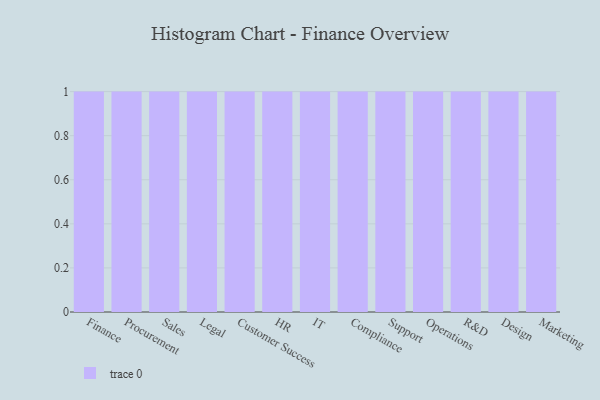
{"axis": {"x": "Department", "y": "Tickets Resolved"}, "legend": [""], "data": [{"x": "Finance", "y": 67, "type": ""}, {"x": "Procurement", "y": 94, "type": ""}, {"x": "Sales", "y": 60, "type": ""}, {"x": "Legal", "y": 90, "type": ""}, {"x": "Customer Success", "y": 40, "type": ""}, {"x": "HR", "y": 49, "type": ""}, {"x": "IT", "y": 10, "type": ""}, {"x": "Compliance", "y": 71, "type": ""}, {"x": "Support", "y": 11, "type": ""}, {"x": "Operations", "y": 12, "type": ""}, {"x": "R&D", "y": 75, "type": ""}, {"x": "Design", "y": 16, "type": ""}, {"x": "Marketing", "y": 52, "type": ""}]}